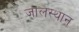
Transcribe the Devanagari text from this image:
जालस्थान